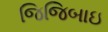
જિજિબાઇ